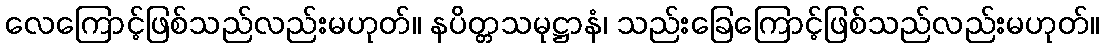
လေကြောင့်ဖြစ်သည်လည်းမဟုတ်။ နပိတ္တသမုဋ္ဌာနံ၊ သည်းခြေကြောင့်ဖြစ်သည်လည်းမဟုတ်။